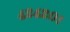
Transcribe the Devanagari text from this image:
४२४२०१